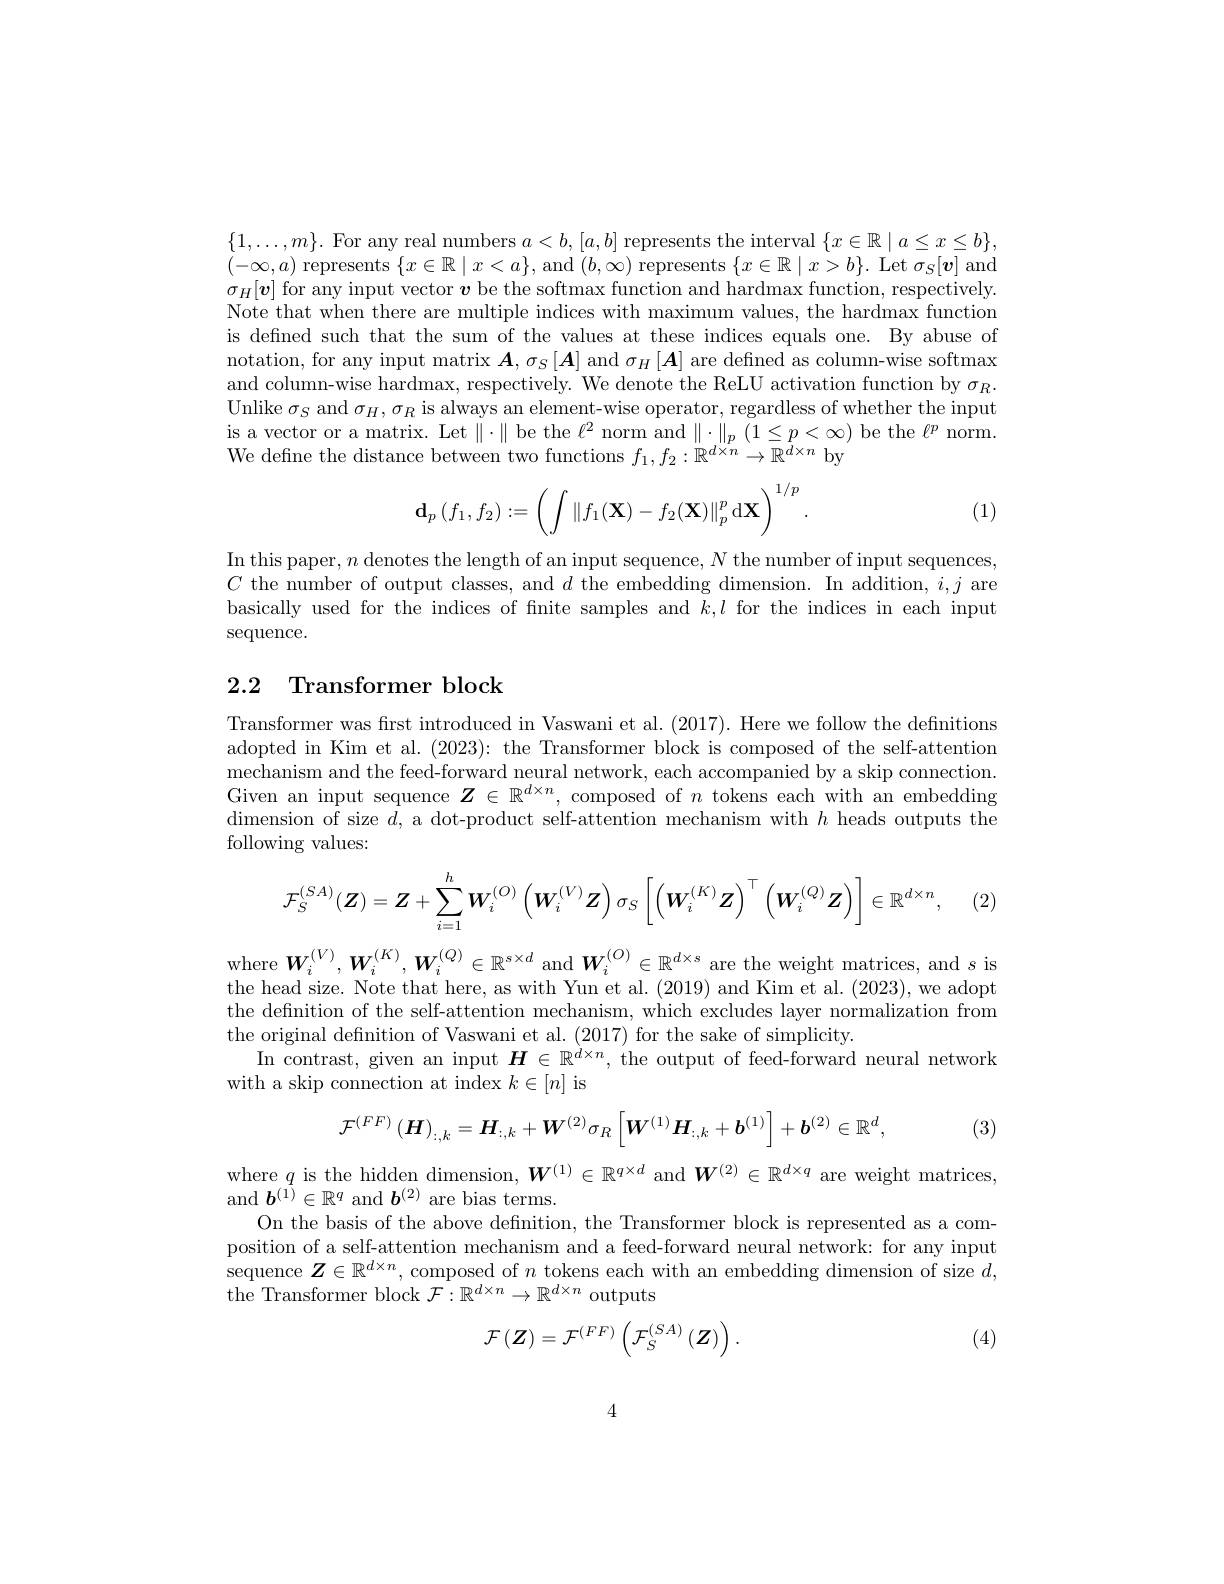
$\{1,\ldots,m\}.$ For any real numbers $a<b,[a,b]$ represents the interval $\{x\in\mathbb{R}\mid a\leq x\leq b\}$, $(-\infty,a)$ represents $\{x\in\mathbb{R}\mid x<a\}$, and $(b,\infty)$ represents $\{x\in\mathbb{R}\mid x>b\}.$ Let $\sigma_S[\boldsymbol{v}]$ and $\sigma_H[\boldsymbol{v}]$ for any input vector $\boldsymbol v$ be the softmax function and hardmax function, respectively Note that when there are multiple indices with maximum values, the hardmax function is defned such that the sum of the values at these indices equals one. By abuse of notation, for any input matrix $\boldsymbol{A},\sigma_S\left[\boldsymbol{A}\right]$ and $\sigma_H\left[\boldsymbol{A}\right]$ are defned as column-wise softmax and column-wise hardmax, respectively. We denote the ReLU activation function by $\sigma_R.$ Unlike $\sigma_S$ and $\sigma_H,\sigma_R$ is always an element-wise operator, regardless of whether the input is a vector or a matrix. Let $\|\cdot\|$ be the $\ell^2$ norm and $\|\cdot\|_p(1\leq p<\infty)$ be the $\ell^p$ norm. We defne the distance between two functions $f_1,f_2:\mathbb{R}^{d\times n}\to\mathbb{R}^{d\times n}$ by
$$\mathbf{d}_{p}\left(f_{1},f_{2}\right):=\left(\int\left\|f_{1}(\mathbf{X})-f_{2}(\mathbf{X})\right\|_{p}^{p}\mathrm{d}\mathbf{X}\right)^{1/p}.$$
(1)

In this paper, $n$ denotes the length of an input sequence, $N$ the number of input sequences $C$ the number of output classes, and $d$ the embedding dimension. In addition, $i,j$ are basically used for the indices of fnite samples and $k,l$ for the indices in each input sequence.

## 2.2 Transformer block

Transformer was first introduced in Vaswani et al. (2017). Here we follow the definitions adopted in Kim et al. (2023): the Transformer block is composed of the self-attention mechanism and the feed-forward neural network, each accompanied by a skip connection. Given an input sequence $\boldsymbol Z\in\mathbb{R}^d\times n$, composed of $n$ tokens each with an embedding dimension of size $d$, a dot-product self-attention mechanism with $h$ heads outputs the following values:
$$\mathcal{F}_{S}^{(SA)}(\boldsymbol{Z})=\boldsymbol{Z}+\sum_{i=1}^{h}\boldsymbol{W}_{i}^{(O)}\left(\boldsymbol{W}_{i}^{(V)}\boldsymbol{Z}\right)\sigma_{S}\left[\left(\boldsymbol{W}_{i}^{(K)}\boldsymbol{Z}\right)^{\top}\left(\boldsymbol{W}_{i}^{(Q)}\boldsymbol{Z}\right)\right]\in\mathbb{R}^{d\times n},$$
(2)

$\begin{array}{l}\mathrm{where~}W_{i}^{(V)},W_{i}^{(K)},W_{i}^{(Q)}\in\mathbb{R}^{s\times d}\mathrm{~and~}W_{i}^{(O)}\in\mathbb{R}^{d\times s}\mathrm{~are~the~weight~matrices,~and~}s\mathrm{~is}\\\mathrm{the~head~size.~Note~that~here,~as~with~Yun~et~al.~(2019)~and~Kim~et~al.~(2023),~we~adopt}\end{array}$ the definition of the self-attention mechanism, which excludes layer normalization from the original definition of Vaswani et al. (2017) for the sake of simplicity.
In contrast, given an input $\boldsymbol{H}\in\mathbb{R}^{d\times n}$, the output of feed-forward neural network
with a skip connection at index $k\in[n]$ is
$$\mathcal{F}^{(FF)}\left(\boldsymbol{H}\right)_{:,k}=\boldsymbol{H}_{:,k}+\boldsymbol{W}^{(2)}\sigma_{R}\left[\boldsymbol{W}^{(1)}\boldsymbol{H}_{:,k}+\boldsymbol{b}^{(1)}\right]+\boldsymbol{b}^{(2)}\in\mathbb{R}^{d},$$
(3)

where $q$ is the hidden dimension, $\boldsymbol W^{(1)}\in\mathbb{R}^{q\times d}$ and $\boldsymbol W^{(2)}\in\mathbb{R}^{d\times q}$ are weight matrices,
and $b^{(1)}\in\mathbb{R}^{q}$ and $b^{(2)}$ are bias terms
On the basis of the above defnition, the Transformer block is represented as a composition of a self-attention mechanism and a feed-forward neural network: for any input sequence $\boldsymbol{Z}\in\mathbb{R}^d\times n$, composed of $n$ tokens each with an embedding dimension of size $d$, the Transformer block $\mathcal{F}:\mathbb{R}^d\times n\to\mathbb{R}^{d\times n}$ outputs
$$\mathcal{F}\left(\boldsymbol{Z}\right)=\mathcal{F}^{\left(FF\right)}\left(\mathcal{F}_{S}^{\left(SA\right)}\left(\boldsymbol{Z}\right)\right).$$
(4)

4